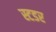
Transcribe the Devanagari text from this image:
स्टडर